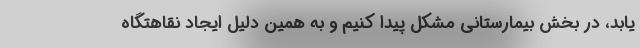
یابد، در بخش بیمارستانی مشکل پیدا کنیم و به همین دلیل ایجاد نقاهتگاه